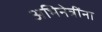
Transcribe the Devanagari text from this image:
अभिनेत्रींना